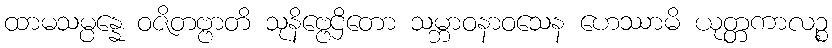
ထာမသမ္ပန္နေ ဝဇိတဗ္ဗာတိ သုနိဗ္ဗေဌိတော သမ္ဘာဝနာဝသေန ဟေဿာမိ ယုတ္တကာလဉ္စ